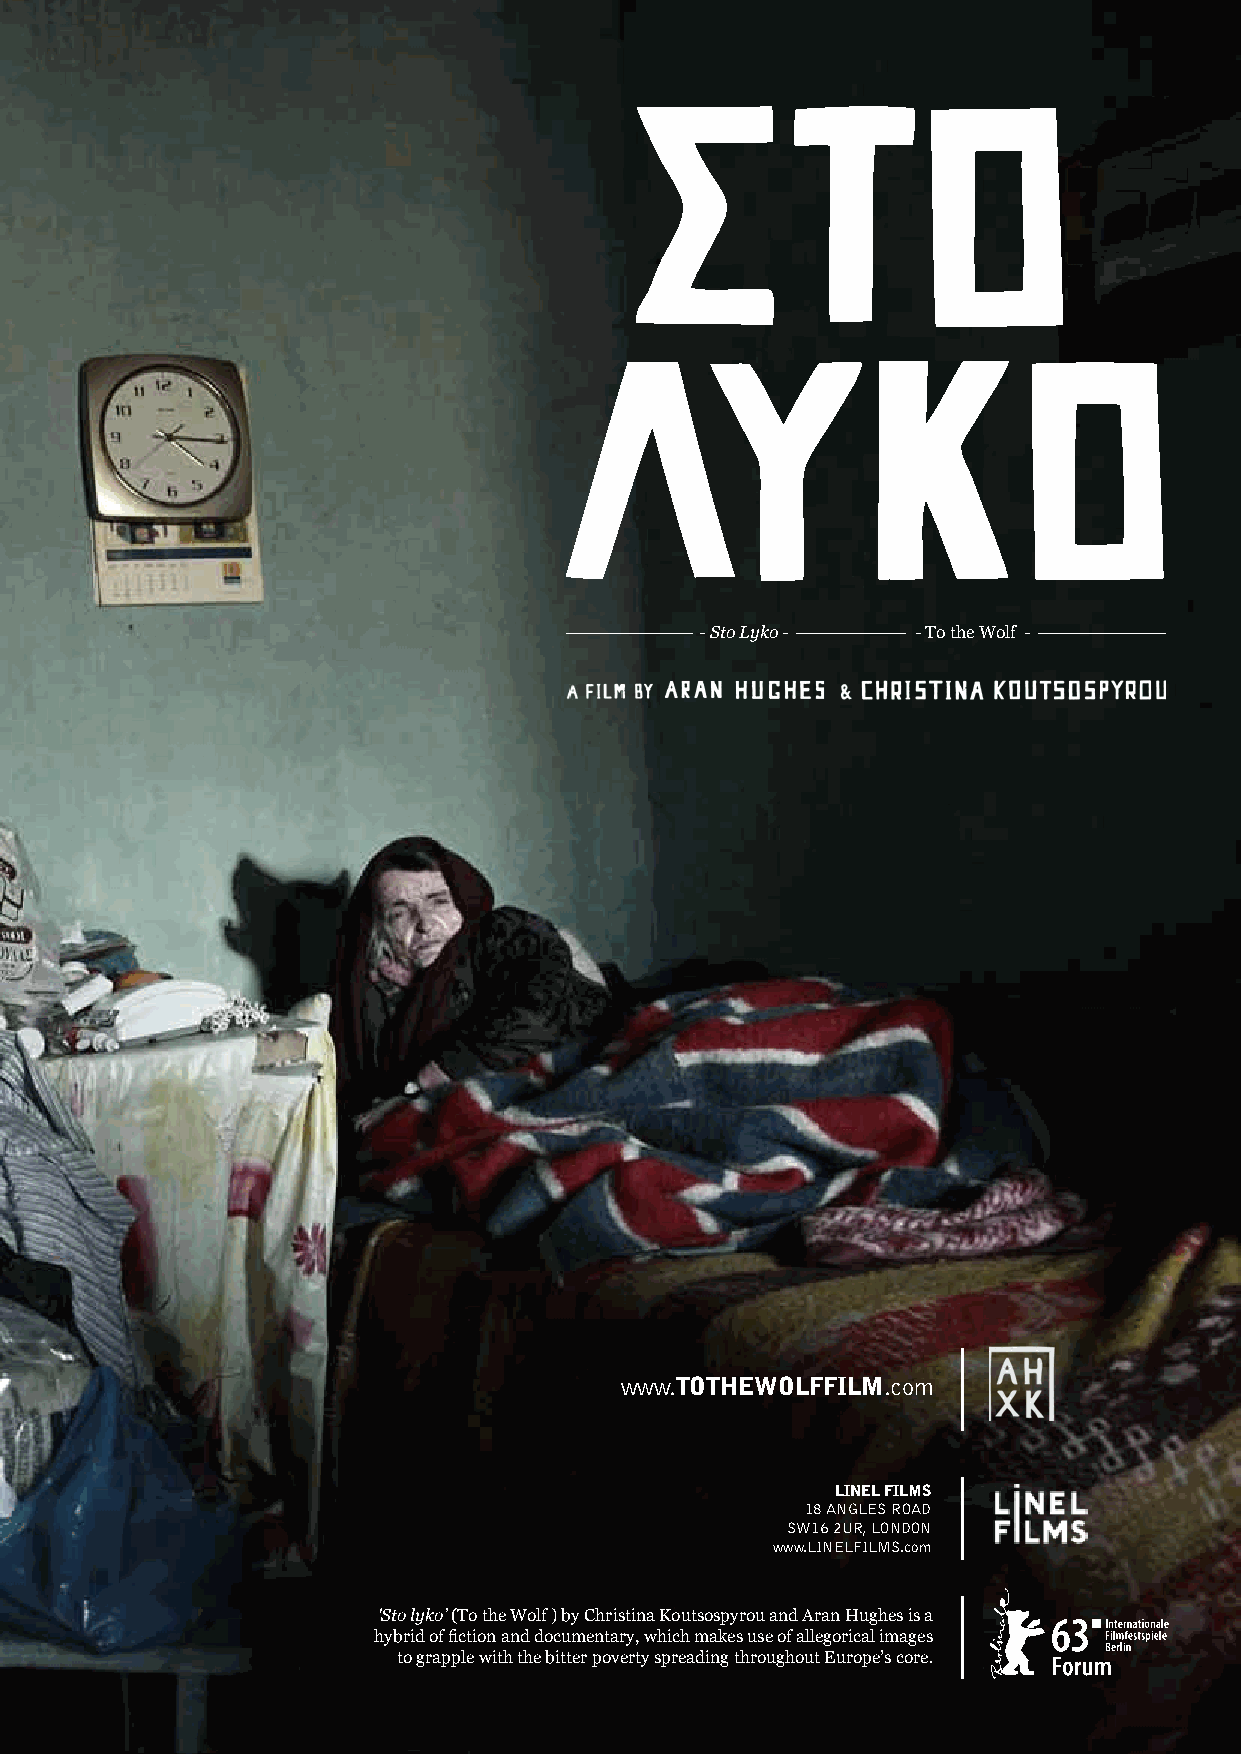
- Sto Lyko -   - To the Wolf -
 www.TOTHEWOLFFILM.com
 LINEL FILMS
 18 ANGLES ROAD
 SW16 2UR, LONDON
 www.LINELFILMS.com
 'Sto lyko’ (To the Wolf ) by Christina Koutsospyrou and Aran Hughes is a
 hybrid of fiction and documentary, which makes use of allegorical images
 to grapple with the bitter poverty spreading throughout Europe’s core.